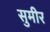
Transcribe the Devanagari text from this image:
सुमीर